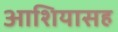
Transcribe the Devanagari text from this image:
आशियासह